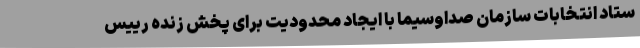
ستاد انتخابات سازمان صداوسیما با ایجاد محدودیت برای پخش زنده رییس